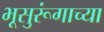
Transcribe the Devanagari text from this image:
भूसुरूंगाच्या